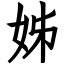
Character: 姊